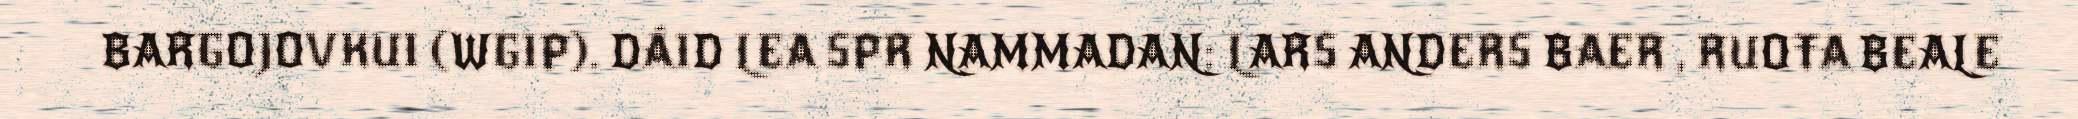
BARGOJOVKUI (WGIP). DÁID LEA SPR NAMMADAN: LARS ANDERS BAER , RUOŦA BEALE